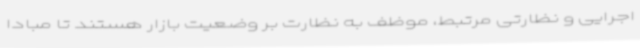
اجرایی و نظارتی مرتبط، موظف به نظارت بر وضعیت بازار هستند تا مبادا